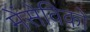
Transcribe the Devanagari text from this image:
मेंसेविको